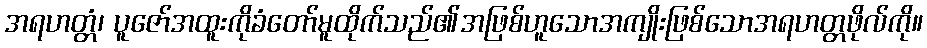
အရဟတ္တံ၊ ပူဇော်အထူးကိုခံတော်မူထိုက်သည်၏အဖြစ်ဟူသောအကျိုးဖြစ်သောအရဟတ္တဖိုလ်ကို။